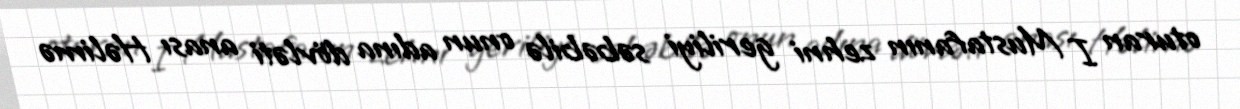
oturan I Mustafanın zehni geriliyi səbəbilə onun adına dövləti anası Həlimə